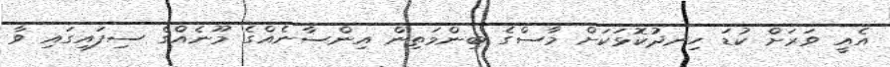
އެއީ ވަރަށް ކުޑަ ހިނދުކޮޅަކަށް މާސްގެ ބިންމަތިން އިންސާނެއްގެ މޫނެއްގެ ސިފައިގައި ވާ